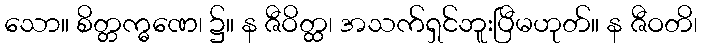
သော။ စိတ္တက္ဓဏေ၊ ၌။ န ဇီဝိတ္ထ၊ အသက်ရှင်ဘူးပြီမဟုတ်။ န ဇီဝတိ၊